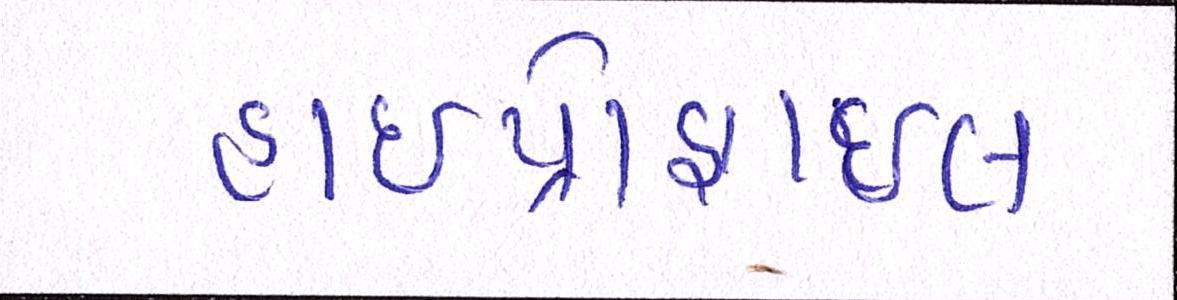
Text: હાઇપ્રોફાઇલ